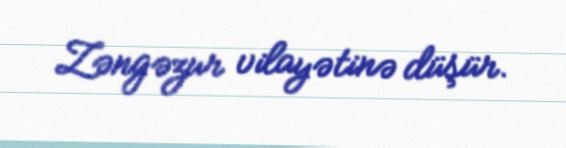
Zəngəzur vilayətinə düşür.